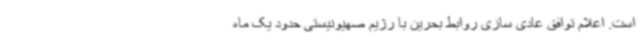
است. اعلام توافق عادی سازی روابط بحرین با رژیم صهیونیستی حدود یک ماه